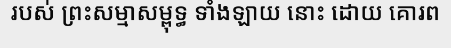
របស់ ព្រះសម្មាសម្ពុទ្ធ ទាំងឡាយ នោះ ដោយ គោរព